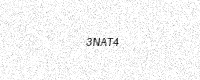
Text: 3NAT4